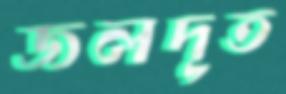
জলদূত